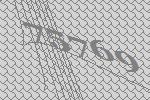
75769